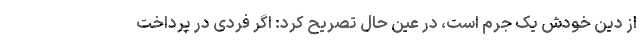
از دِین خودش یک جرم است، در عین حال تصریح کرد: اگر فردی در پرداخت